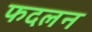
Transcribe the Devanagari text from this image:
फदलन